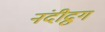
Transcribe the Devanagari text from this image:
नंदीद्रुग